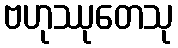
ဗဟုဿုတေသု